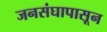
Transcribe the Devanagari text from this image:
जनसंघापासून